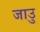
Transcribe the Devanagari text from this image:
जाउु